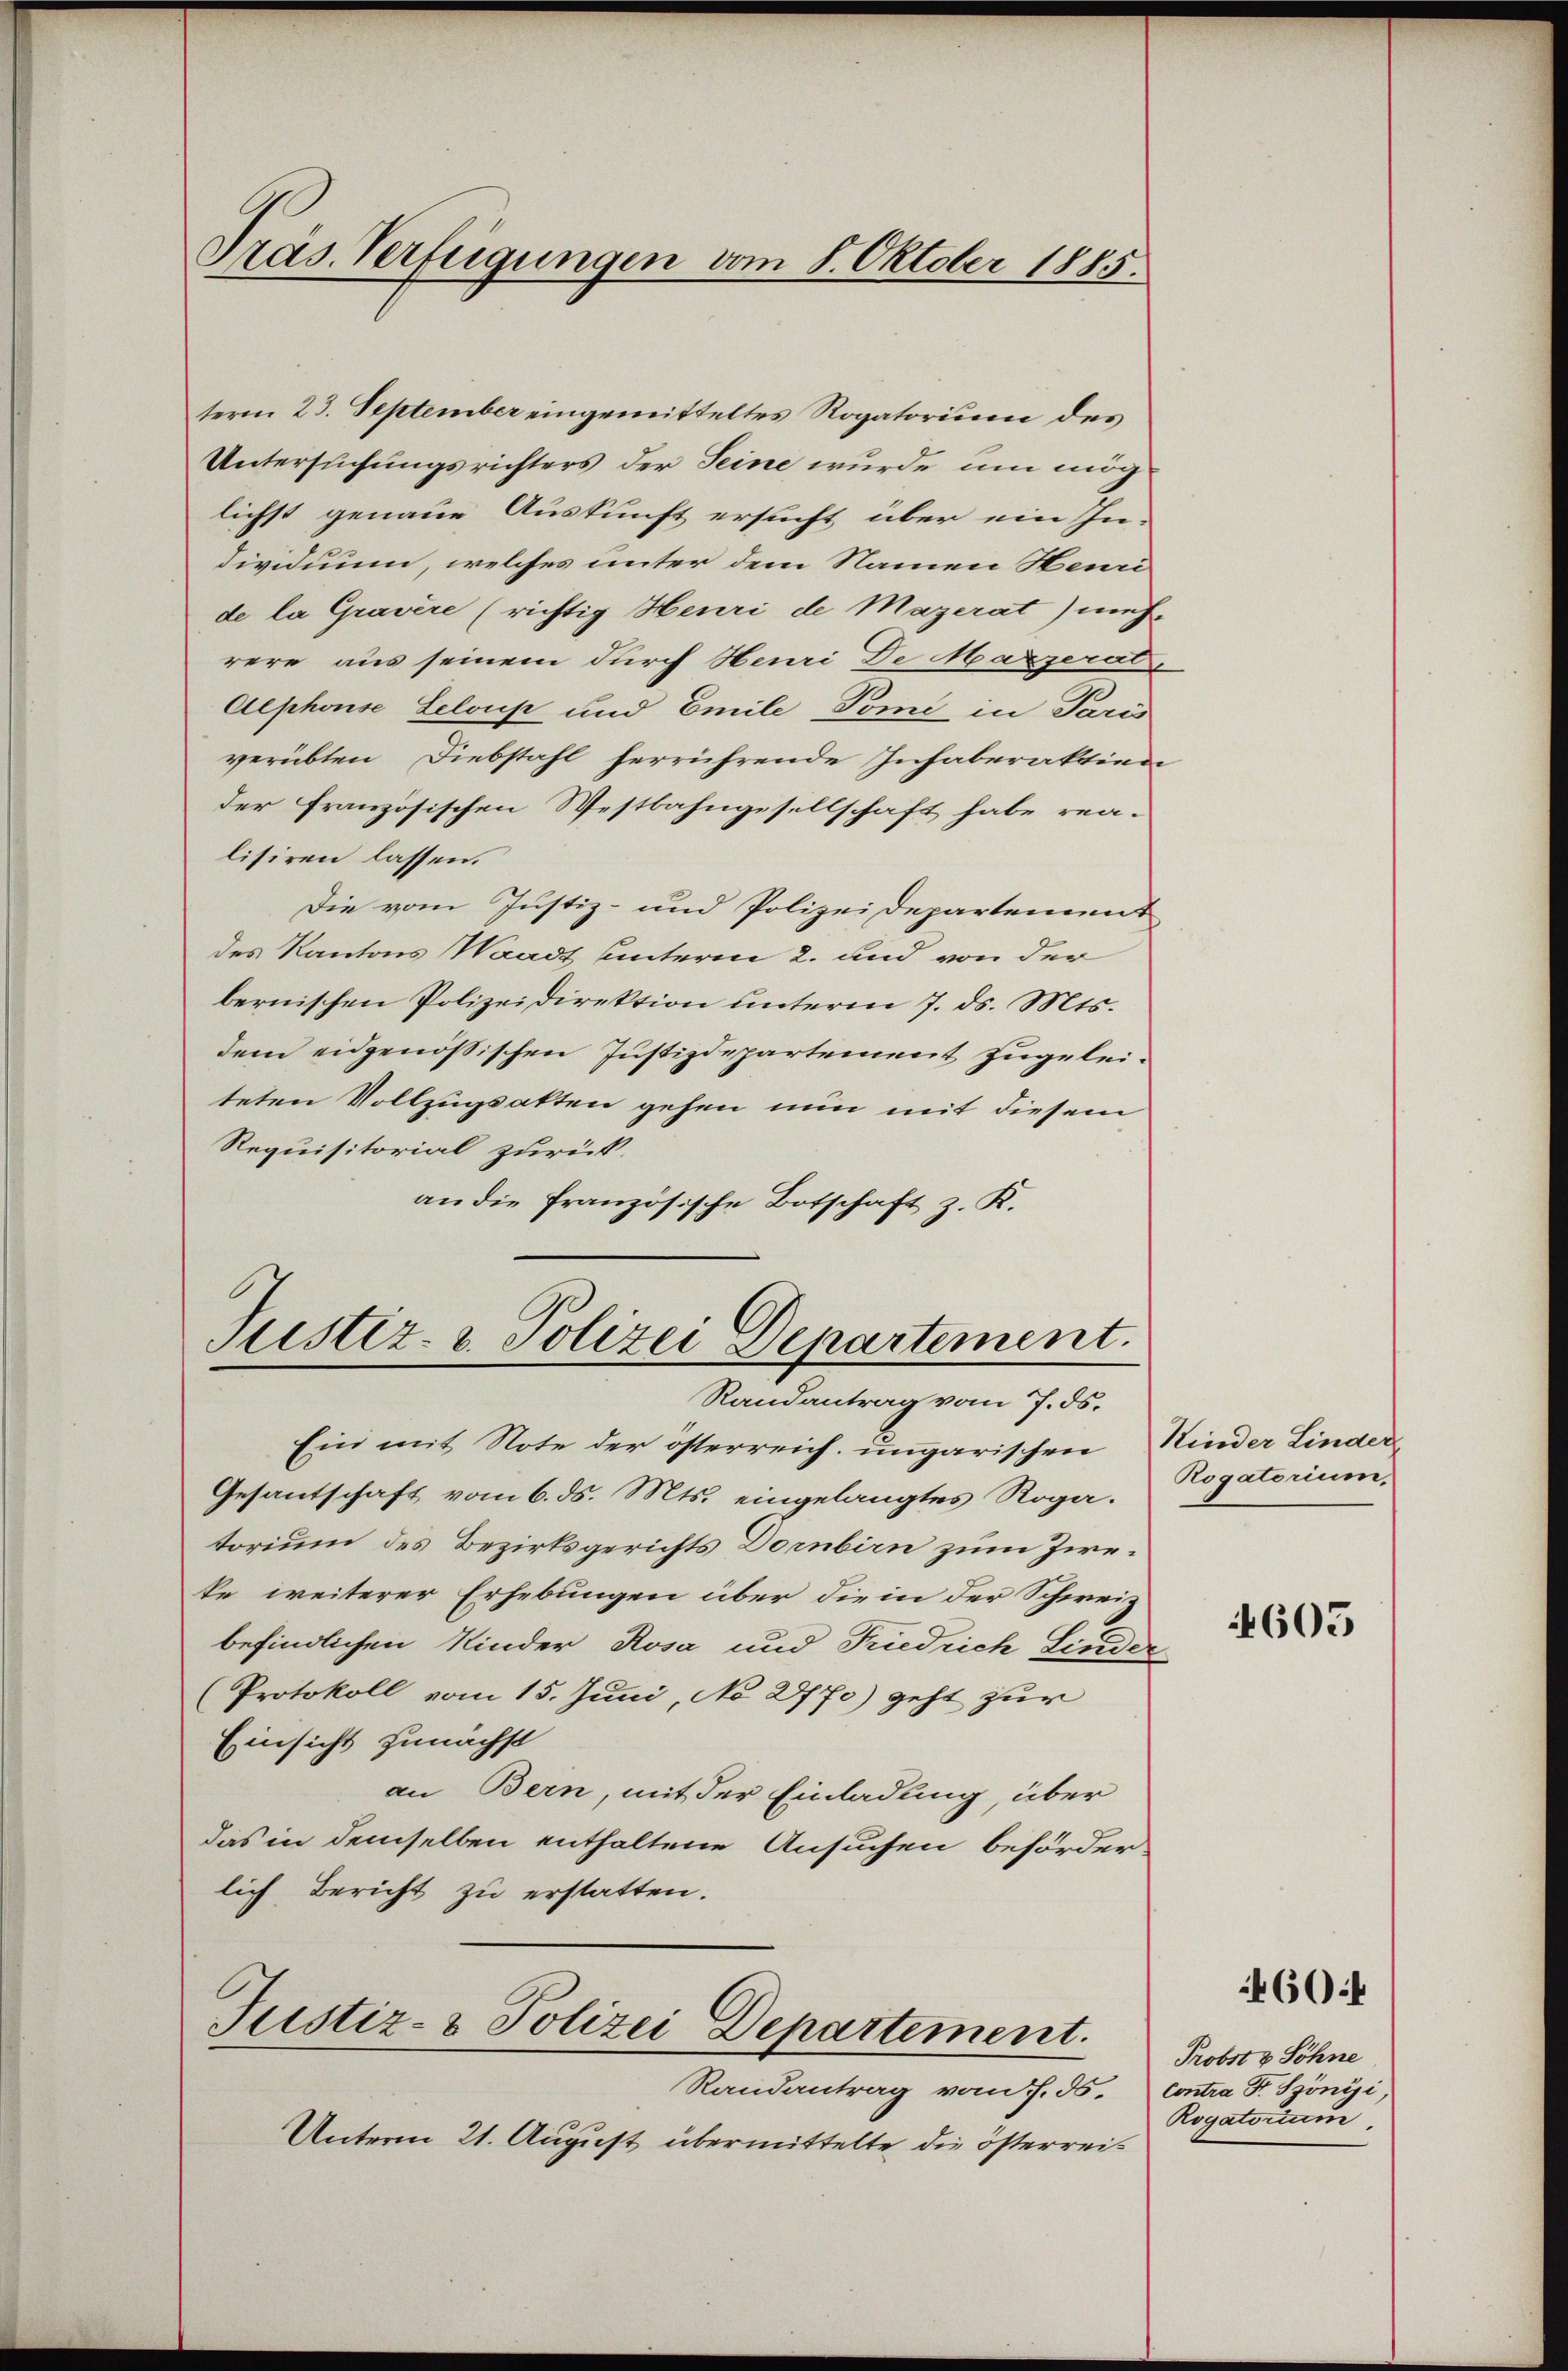
Präs. Verfügungen vom 8. Oktober 1885.

term 23. September eingemitteltes Rogatorium des
Untersuchungsrichters der Seine wurde um möglichst genaue Auskunft ersucht über ein In-
dividuum, welches unter dem Namen Henri
de la Gravire (richtig Heuri de Mazerat) mit-
rere aus seinem durch Heuri De Marzerat
Aephonse Leloup und Emile Tomi in Paris
verübten Diebstahl herrührende Inhaberaktion
der französischen Westbahngesellschaft habe rea-
lisiren lassen.
Die vom Justiz- und Polizeidepartement
des Kantons Waadt unterm 2. und von der
bernischen Polizeidirektion unterm 7. ds. Mts.
dem eidgenößischen Justizdepartement zugeleiteten Vollzugsakten gehen nun mit diesem
Requisitorial zurück.
an die französische Botschaft z. K.

Justiz- & Polizei Departement.
Randantrag vom 7. ds.

Ein mit Note der österreich ungarischen Minder Linder
Gesantschaft vom 6. ds. Mts. eingelangtes Rogatorium des Bezirksgerichts Dornbirn zum Zieke weiterer Erhebungen über die in der Schweiz
befindlichen Kinder Rosa und Friedrich Linder
(Protokoll vom 15. Juni, No 2770) geht zur
Einsicht zunächst
an Bern, mit der Einladung, über
das in demselben enthaltene Ansuchen beförderlich Bericht zu erstatten.
Justiz- & Polizei Departement.
Randantrag vom 7. ds. Contra F. Szönii,
Unterm 21. August übermittelte, die österrei¬

Rogatorium.

4605

460 f

Probst & Söhne
Rogatorium.